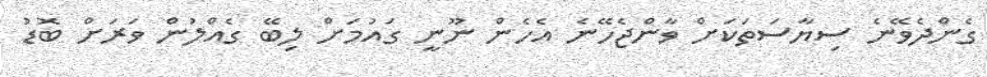
ގެންދެވޭނެ ސިޔާސަތަކަށް ވާންޖެހޭނެ އެހެން ނޫނީ ގައުމަށް ލިބޭ ގެއްލުން ވަރަށް ބޮޑު